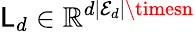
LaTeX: \mathsf{L}_{d}\in\mathbb{{R}}^{d|\mathcal{{E}}_{d}|\timesn}